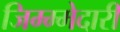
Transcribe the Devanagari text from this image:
जिम्म्मेदारी